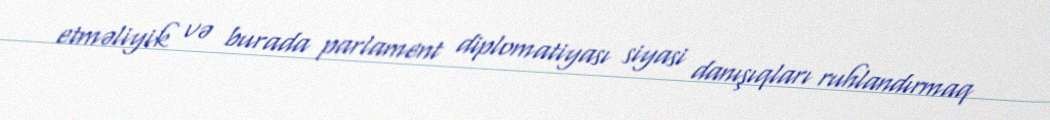
etməliyik və burada parlament diplomatiyası siyasi danışıqları ruhlandırmaq